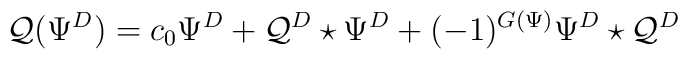
\mathcal{Q}(\Psi^D)=c_0\Psi^D+\mathcal{Q}^D\star\Psi^D+(-1)^{G(\Psi)}\Psi^D\star\mathcal{Q}^D